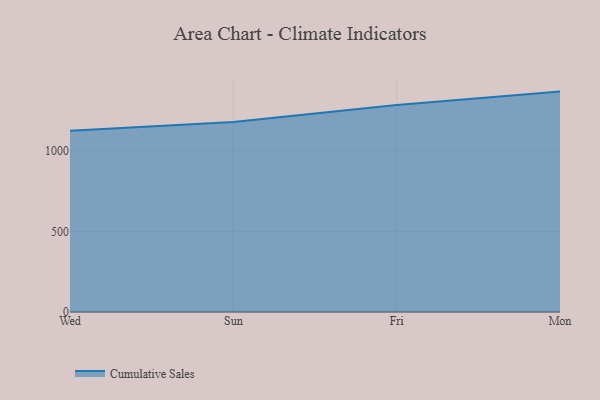
{"axis": {"x": "Day", "y": "Population (Million)"}, "legend": ["Cumulative Sales"], "data": [{"x": "Wed", "y": 1124.2, "type": "Cumulative Sales"}, {"x": "Sun", "y": 1177.9, "type": "Cumulative Sales"}, {"x": "Fri", "y": 1284.1, "type": "Cumulative Sales"}, {"x": "Mon", "y": 1367.0, "type": "Cumulative Sales"}]}